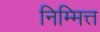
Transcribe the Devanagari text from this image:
निम्मित्त